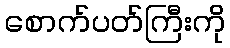
စောက်ပတ်ကြီးကို